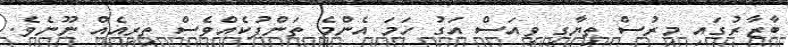
ބާޒާރުގައި މިރުސް ތިޔާގި ވިއަސް އަގު ހަމަ އެންމެ ތަންފުކެއްވެސް ތިރިއެއް ނޫނެވެ.